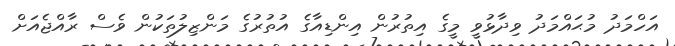
އަހްމަދު މުޙައްމަދު ވިދާޅުވީ މީގެ އިތުރުން އިންޑިއާގެ އުތުރުގެ މަންޒިލުތަކުން ވެސް ރާއްޖެއަށް